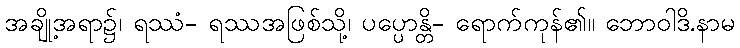
အချို့အရာ၌၊ ရဿံ- ရဿအဖြစ်သို့၊ ပပ္ပောန္တိ- ရောက်ကုန်၏။ ဘောဝါဒိ.နာမ